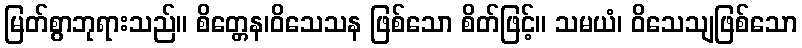
မြတ်စွာဘုရားသည်။ စိတ္တေန၊ဝိသေသန ဖြစ်သော စိတ်ဖြင့်။ သမယံ၊ ဝိသေသျဖြစ်သော